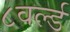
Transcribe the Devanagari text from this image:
८वर्ल्ड